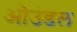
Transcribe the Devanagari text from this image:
ओउंडल